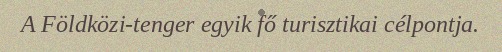
A Földközi-tenger egyik fő turisztikai célpontja.